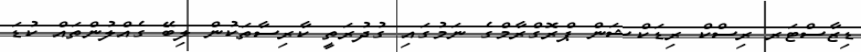
ޑިޒާސްޓަރ ރިސްކް ރިޑަކްޝަން ޕްރޮގްރާމްގެ ނަމުގައި ގުދުރަތީ ކާރިސާތަކުން ލިބޭ ގެއްލުންތައް ކުޑަ